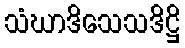
သံဃာဒိသေသဒိဋ္ဌိ